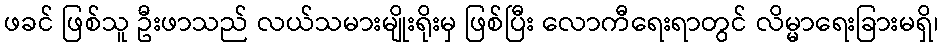
ဖခင် ဖြစ်သူ ဦးဖာသည် လယ်သမားမျိုးရိုးမှ ဖြစ်ပြီး လောကီရေးရာတွင် လိမ္မာရေးခြားမရှိ၊